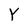
Character: Y